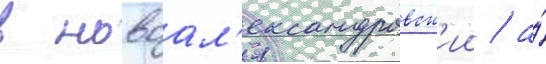
в новоал'ександровск'ии / а́